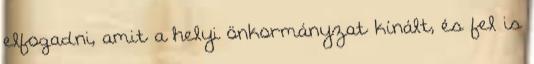
elfogadni, amit a helyi önkormányzat kínált, és fel is